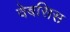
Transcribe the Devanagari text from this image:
वेबसिस